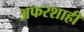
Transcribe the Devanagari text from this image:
अफरशाही